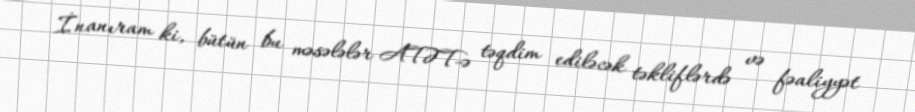
İnanıram ki, bütün bu məsələlər ATƏT-ə təqdim ediləcək təkliflərdə və fəaliyyət